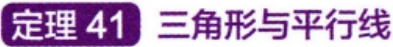
定理 41 三角形与平行线